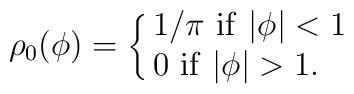
\rho_{0}(\phi) = \left\{ \matrix{ 1/\pi\ {\rm if}\ |\phi|<1\hfill\cr                              0\ {\rm if}\ |\phi|>1 .\hfill\cr} \right.